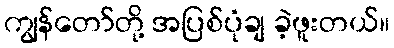
ကျွန်တော်တို့ အပြစ်ပုံချ ခဲ့ဖူးတယ်။